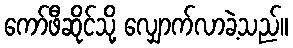
ကော်ဖီဆိုင်သို့ လျှောက်လာခဲ့သည်။